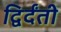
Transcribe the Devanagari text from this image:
द्विर्दंती